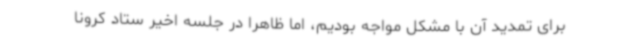
برای تمدید آن با مشکل مواجه بودیم، اما ظاهرا در جلسه اخیر ستاد کرونا